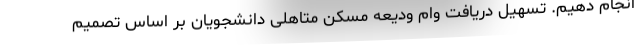
انجام دهیم. تسهیل دریافت وام ودیعه مسکن متاهلی دانشجویان بر اساس تصمیم